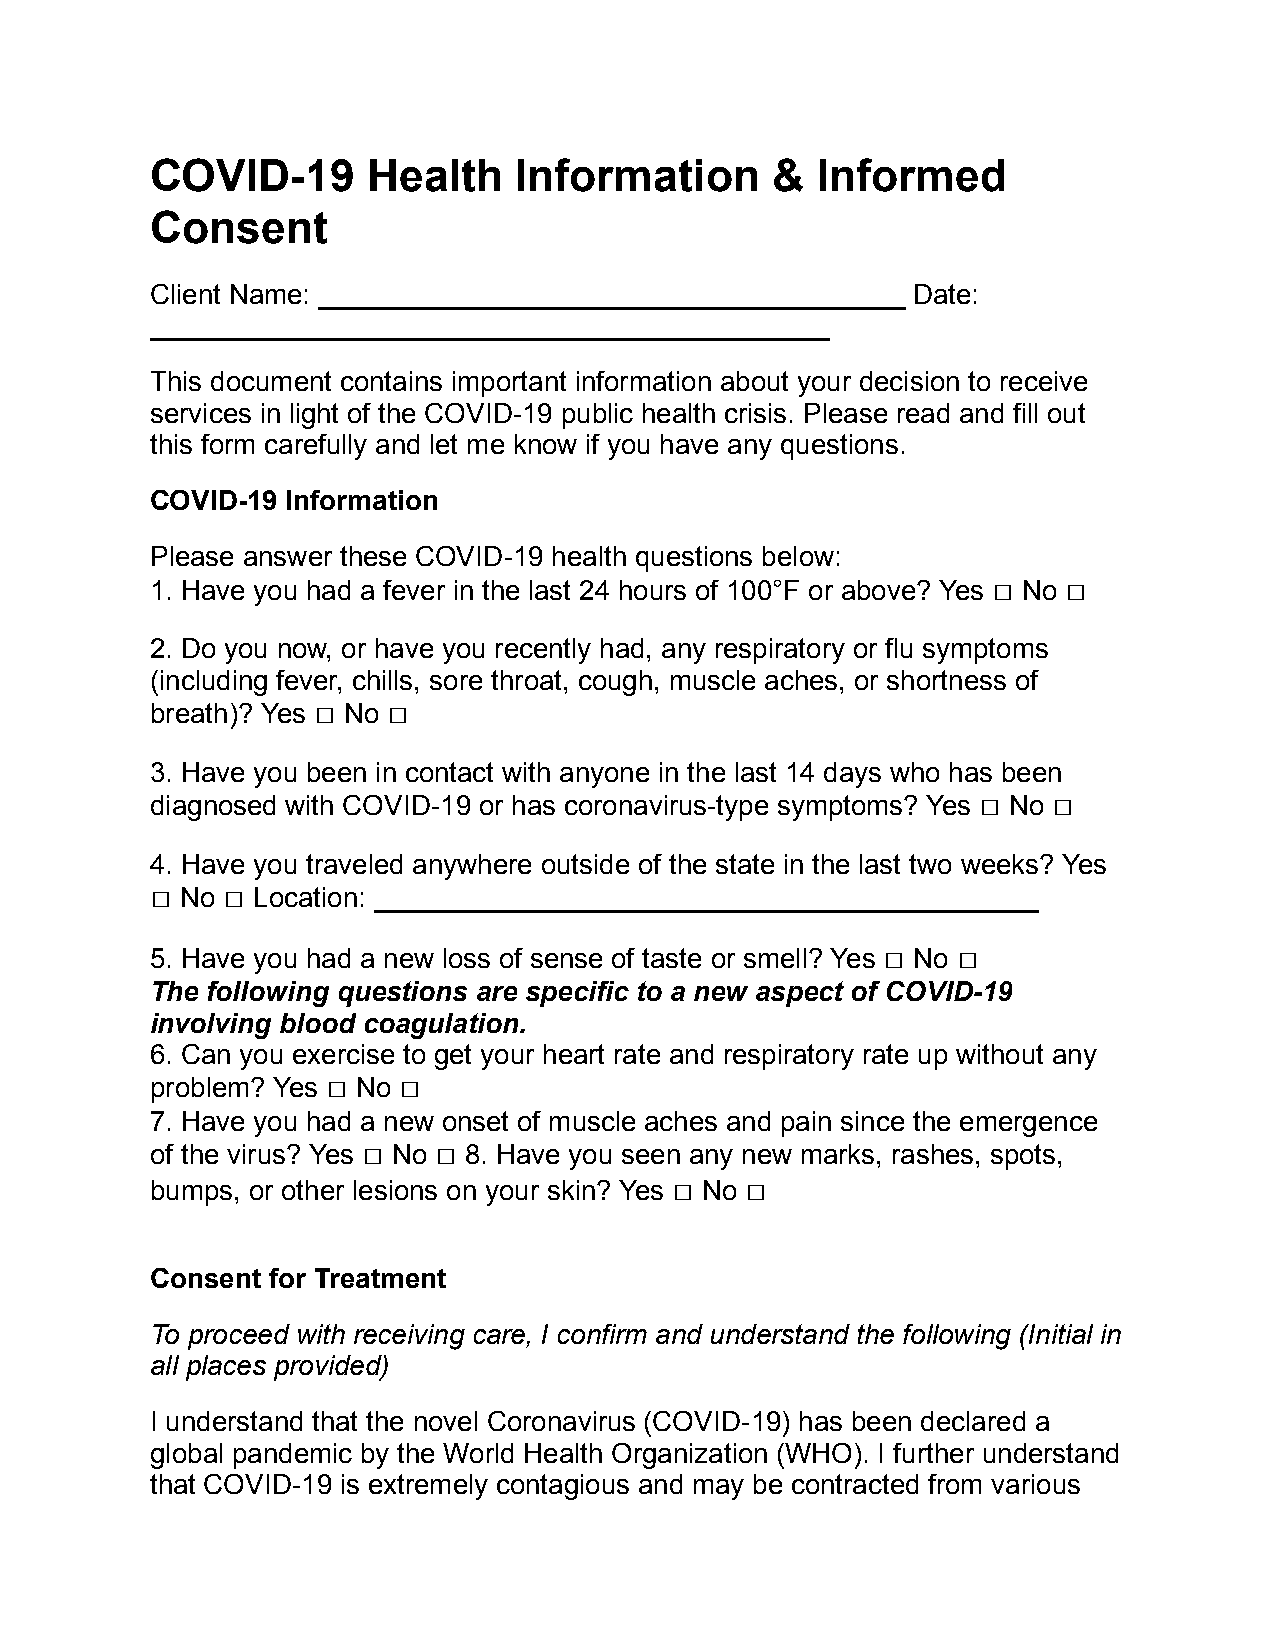
COVID-19      Health    Information      &  Informed
 Consent
 Client Name: ______________________________________ Date:
 ____________________________________________
 This document contains important information about your decision to receive
 services in light of the COVID-19 public health crisis. Please read and fill out
 this form carefully and let me know if you have any questions.
 COVID-19 Information
 Please answer these COVID-19 health questions below:
 1. Have you had a fever in the last 24 hours of 100°F or above? Yes ☐ No ☐
 2. Do you now, or have you recently had, any respiratory or flu symptoms
 (including fever, chills, sore throat, cough, muscle aches, or shortness of
 breath)? Yes ☐ No ☐
 3. Have you been in contact with anyone in the last 14 days who has been
 diagnosed with COVID-19 or has coronavirus-type symptoms? Yes ☐ No ☐
 4. Have you traveled anywhere outside of the state in the last two weeks? Yes
 ☐ No ☐ Location: ___________________________________________
 5. Have you had a new loss of sense of taste or smell? Yes ☐ No ☐
 The following questions are specific to a new aspect of COVID-19
 involving blood coagulation.
 6. Can you exercise to get your heart rate and respiratory rate up without any
 problem? Yes ☐ No ☐
 7. Have you had a new onset of muscle aches and pain since the emergence
 of the virus? Yes ☐ No ☐ 8. Have you seen any new marks, rashes, spots,
 bumps, or other lesions on your skin? Yes ☐ No ☐
 Consent for Treatment
 To proceed with receiving care, I confirm and understand the following (Initial in
 all places provided)
 I understand that the novel Coronavirus (COVID-19) has been declared a
 global pandemic by the World Health Organization (WHO). I further understand
 that COVID-19 is extremely contagious and may be contracted from various